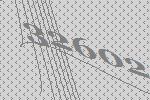
32602